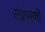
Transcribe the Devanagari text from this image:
संक्रमणी